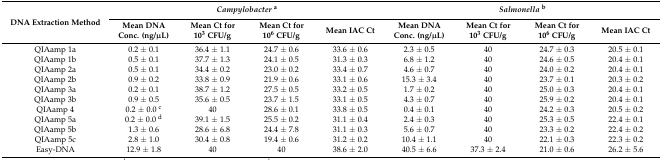
<table><thead><tr><td rowspan="2"><b>DNA Extraction Method</b></td><td colspan="4"><b><i>Campylobacter</i><sup>a</sup></b></td><td colspan="4"><b><i>Salmonella</i><sup>b</sup></b></td></tr><tr><td><b>Mean DNA Conc. (ng/μL)</b></td><td><b>Mean Ct for 10<sup>3</sup> CFU/g</b></td><td><b>Mean Ct for 10<sup>6</sup> CFU/g</b></td><td><b>Mean IAC Ct</b></td><td><b>Mean DNA Conc. (ng/μL)</b></td><td><b>Mean Ct for 10<sup>3</sup> CFU/g</b></td><td><b>Mean Ct for 10<sup>6</sup> CFU/g</b></td><td><b>Mean IAC Ct</b></td></tr></thead><tbody><tr><td>QIAamp 1a</td><td>0.2 ± 0.1</td><td>36.4 ± 1.1</td><td>24.7 ± 0.6</td><td>33.6 ± 0.6</td><td>2.3 ± 0.5</td><td>40</td><td>24.7 ± 0.3</td><td>20.5 ± 0.1</td></tr><tr><td>QIAamp 1b</td><td>0.5 ± 0.1</td><td>37.7 ± 1.3</td><td>24.1 ± 0.5</td><td>31.3 ± 0.3</td><td>6.8 ± 1.2</td><td>40</td><td>24.6 ± 0.5</td><td>20.4 ± 0.1</td></tr><tr><td>QIAamp 2a</td><td>0.5 ± 0.1</td><td>34.4 ± 0.2</td><td>23.0 ± 0.2</td><td>33.4 ± 0.7</td><td>4.6 ± 0.7</td><td>40</td><td>24.0 ± 0.2</td><td>20.4 ± 0.1</td></tr><tr><td>QIAamp 2b</td><td>0.9 ± 0.2</td><td>33.8 ± 0.9</td><td>21.9 ± 0.6</td><td>33.1 ± 0.6</td><td>15.3 ± 3.4</td><td>40</td><td>23.7 ± 0.1</td><td>20.3 ± 0.2</td></tr><tr><td>QIAamp 3a</td><td>0.2 ± 0.1</td><td>38.7 ± 1.2</td><td>27.5 ± 0.5</td><td>33.2 ± 0.5</td><td>1.7 ± 0.2</td><td>40</td><td>25.0 ± 0.3</td><td>20.4 ± 0.1</td></tr><tr><td>QIAamp 3b</td><td>0.9 ± 0.5</td><td>35.6 ± 0.5</td><td>23.7 ± 1.5</td><td>33.1 ± 0.5</td><td>4.3 ± 0.7</td><td>40</td><td>25.9 ± 0.2</td><td>20.4 ± 0.1</td></tr><tr><td>QIAamp 4</td><td>0.2 ± 0.0 <sup>c</sup></td><td>40</td><td>28.6 ± 0.1</td><td>33.8 ± 0.5</td><td>0.4 ± 0.1</td><td>40</td><td>24.2 ± 0.3</td><td>20.5 ± 0.2</td></tr><tr><td>QIAamp 5a</td><td>0.2 ± 0.0 <sup>d</sup></td><td>39.1 ± 1.5</td><td>25.5 ± 0.2</td><td>31.1 ± 0.4</td><td>2.4 ± 0.3</td><td>40</td><td>25.3 ± 0.5</td><td>22.4 ± 0.1</td></tr><tr><td>QIAamp 5b</td><td>1.3 ± 0.6</td><td>28.6 ± 6.8</td><td>24.4 ± 7.8</td><td>31.1 ± 0.3</td><td>5.6 ± 0.7</td><td>40</td><td>23.3 ± 0.2</td><td>22.4 ± 0.2</td></tr><tr><td>QIAamp 5c</td><td>2.8 ± 1.0</td><td>30.4 ± 0.8</td><td>19.4 ± 0.6</td><td>31.2 ± 0.2</td><td>10.4 ± 1.1</td><td>40</td><td>22.1 ± 0.3</td><td>22.3 ± 0.2</td></tr><tr><td>Easy-DNA</td><td>12.9 ± 1.8</td><td>40</td><td>40</td><td>38.6 ± 2.0</td><td>40.5 ± 6.6</td><td>37.3 ± 2.4</td><td>21.0 ± 0.6</td><td>26.2 ± 5.6</td></tr></tbody></table>